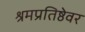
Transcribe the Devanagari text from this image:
श्रमप्रतिष्ठेवर